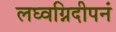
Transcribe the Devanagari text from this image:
लघ्वग्निदीपनं